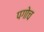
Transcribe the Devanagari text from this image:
पगोच